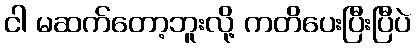
ငါ မဆက်တော့ဘူးလို့ ကတိပေးပြီးပြီပဲ